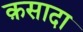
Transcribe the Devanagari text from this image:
क़सादा